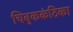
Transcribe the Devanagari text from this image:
चिबुककंठिका